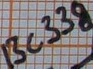
Text: BC338